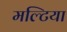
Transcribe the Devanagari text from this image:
मल्टिया